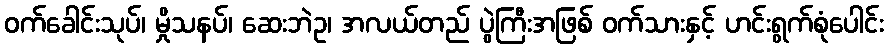
ဝက်ခေါင်းသုပ်၊ မှိုသနပ်၊ ဆေးဘဲဥ၊ အလယ်တည် ပွဲကြီးအဖြစ် ဝက်သားနှင့် ဟင်းရွက်စုံပေါင်း